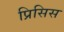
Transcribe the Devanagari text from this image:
प्रिसिस